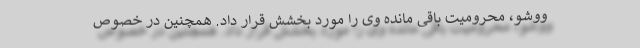
ووشو، محرومیت باقی مانده وی را مورد بخشش قرار داد. همچنین در خصوص